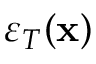
\varepsilon _ { T } ( \mathbf { x } )